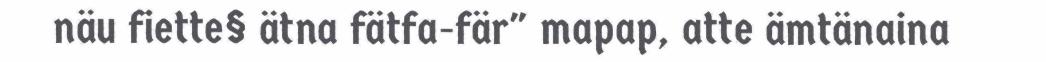
näu fiette§ ätna fätfa-fär" mapap, atte ämtänaina